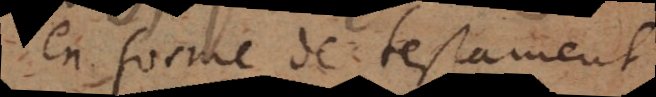
en forme de testament